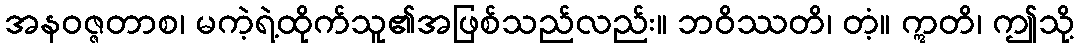
အနဝဇ္ဇတာစ၊ မကဲ့ရဲ့ထိုက်သူ၏အဖြစ်သည်လည်း။ ဘဝိဿတိ၊ တံ့။ ဣတိ၊ ဤသို့